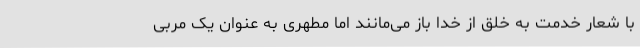
با شعار خدمت به خلق از خدا باز می‌مانند اما مطهری به عنوان یک مربی